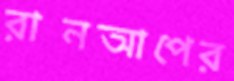
রানআপের